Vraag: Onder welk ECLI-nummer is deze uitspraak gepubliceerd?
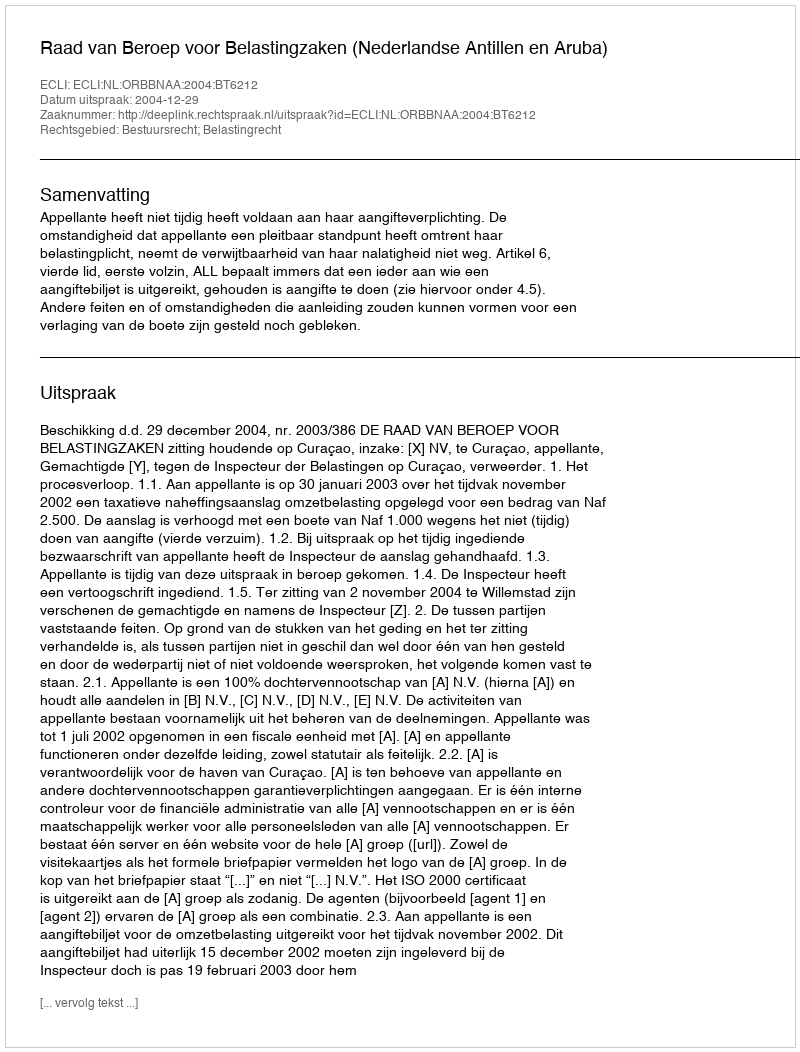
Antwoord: ECLI:NL:ORBBNAA:2004:BT6212